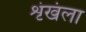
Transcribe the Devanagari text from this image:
शृंखंला